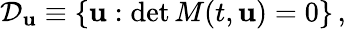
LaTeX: \mathcal{D}_{\mathbf{u}}\equiv\{ {\mathbf{u}}:\operatorname*{det}M(t,{\mathbf{u}})=0\} \, ,